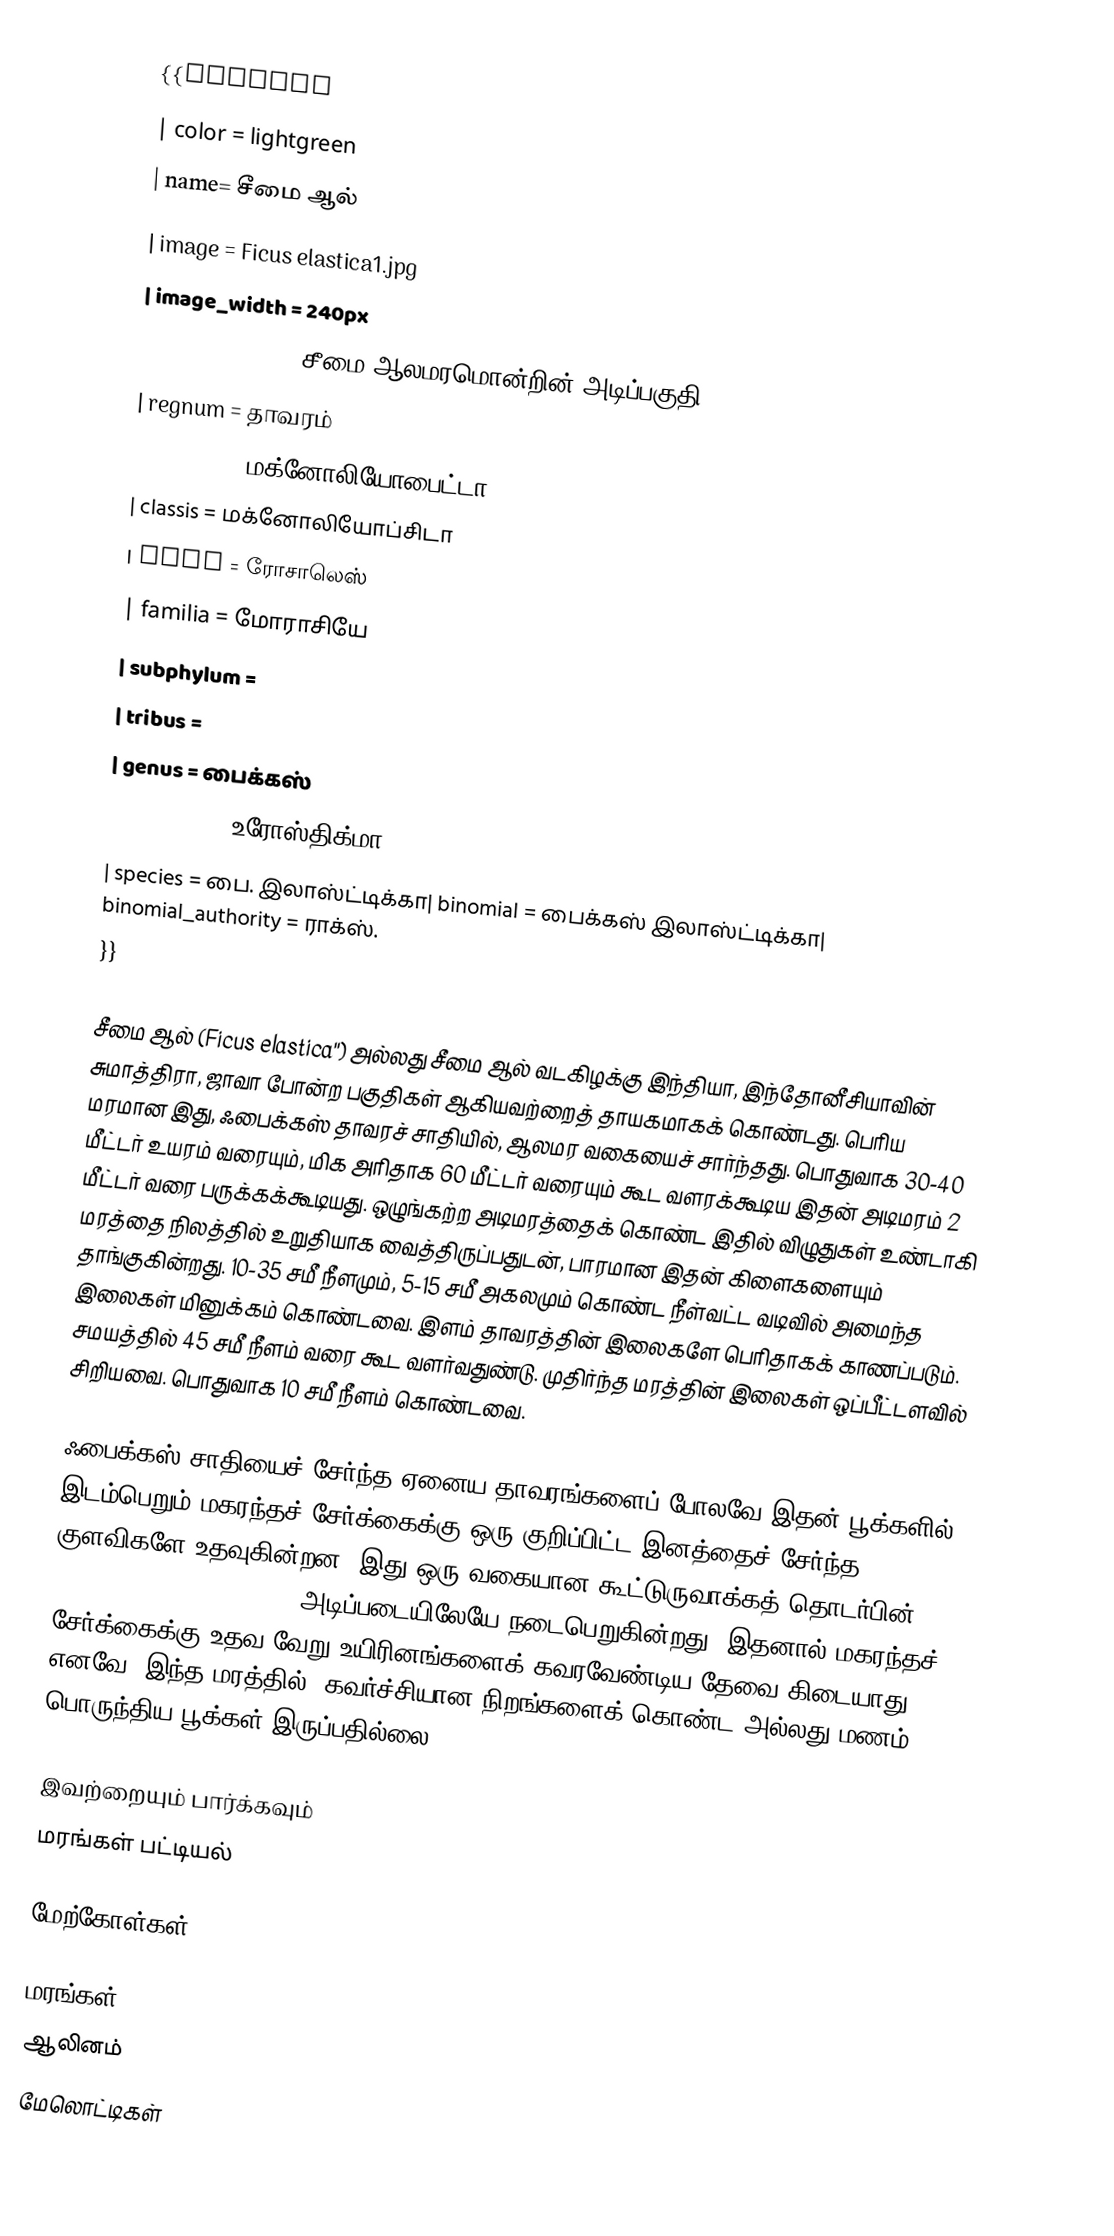
{{Taxobox
| color = lightgreen
| name= சீமை ஆல்
| image = Ficus elastica1.jpg
| image_width = 240px
| image_caption= சீமை ஆலமரமொன்றின் அடிப்பகுதி
| regnum = தாவரம்
| divisio = மக்னோலியோபைட்டா
| classis = மக்னோலியோப்சிடா
| ordo = ரோசாலெஸ்
| familia = மோராசியே
| subphylum =
| tribus =
| genus = பைக்கஸ்
| subgenus = உரோஸ்திக்மா
| species = பை. இலாஸ்ட்டிக்கா| binomial = பைக்கஸ் இலாஸ்ட்டிக்கா| binomial_authority = ராக்ஸ்.
}}

சீமை ஆல் (Ficus elastica'') அல்லது சீமை ஆல் வடகிழக்கு இந்தியா, இந்தோனீசியாவின் சுமாத்திரா, ஜாவா போன்ற பகுதிகள் ஆகியவற்றைத் தாயகமாகக் கொண்டது. பெரிய மரமான இது, ஃபைக்கஸ் தாவரச் சாதியில், ஆலமர வகையைச் சார்ந்தது. பொதுவாக 30-40 மீட்டர் உயரம் வரையும், மிக அரிதாக 60 மீட்டர் வரையும் கூட வளரக்கூடிய இதன் அடிமரம் 2 மீட்டர் வரை பருக்கக்கூடியது. ஒழுங்கற்ற அடிமரத்தைக் கொண்ட இதில் விழுதுகள் உண்டாகி மரத்தை நிலத்தில் உறுதியாக வைத்திருப்பதுடன், பாரமான இதன் கிளைகளையும் தாங்குகின்றது. 10-35 சமீ நீளமும், 5-15 சமீ அகலமும் கொண்ட நீள்வட்ட வடிவில் அமைந்த இலைகள் மினுக்கம் கொண்டவை. இளம் தாவரத்தின் இலைகளே பெரிதாகக் காணப்படும். சமயத்தில் 45 சமீ நீளம் வரை கூட வளர்வதுண்டு. முதிர்ந்த மரத்தின் இலைகள் ஒப்பீட்டளவில் சிறியவை. பொதுவாக 10 சமீ நீளம் கொண்டவை.

ஃபைக்கஸ் சாதியைச் சேர்ந்த ஏனைய தாவரங்களைப் போலவே இதன் பூக்களில் இடம்பெறும் மகரந்தச் சேர்க்கைக்கு ஒரு குறிப்பிட்ட இனத்தைச் சேர்ந்த குளவிகளே உதவுகின்றன. இது ஒரு வகையான கூட்டுருவாக்கத் தொடர்பின் (co-evolved relationship) அடிப்படையிலேயே நடைபெறுகின்றது. இதனால் மகரந்தச் சேர்க்கைக்கு உதவ வேறு உயிரினங்களைக் கவரவேண்டிய தேவை கிடையாது. எனவே, இந்த மரத்தில், கவர்ச்சியான நிறங்களைக் கொண்ட அல்லது மணம் பொருந்திய பூக்கள் இருப்பதில்லை.

இவற்றையும் பார்க்கவும்
 மரங்கள் பட்டியல்

மேற்கோள்கள்

மரங்கள்
ஆலினம்
மேலொட்டிகள்